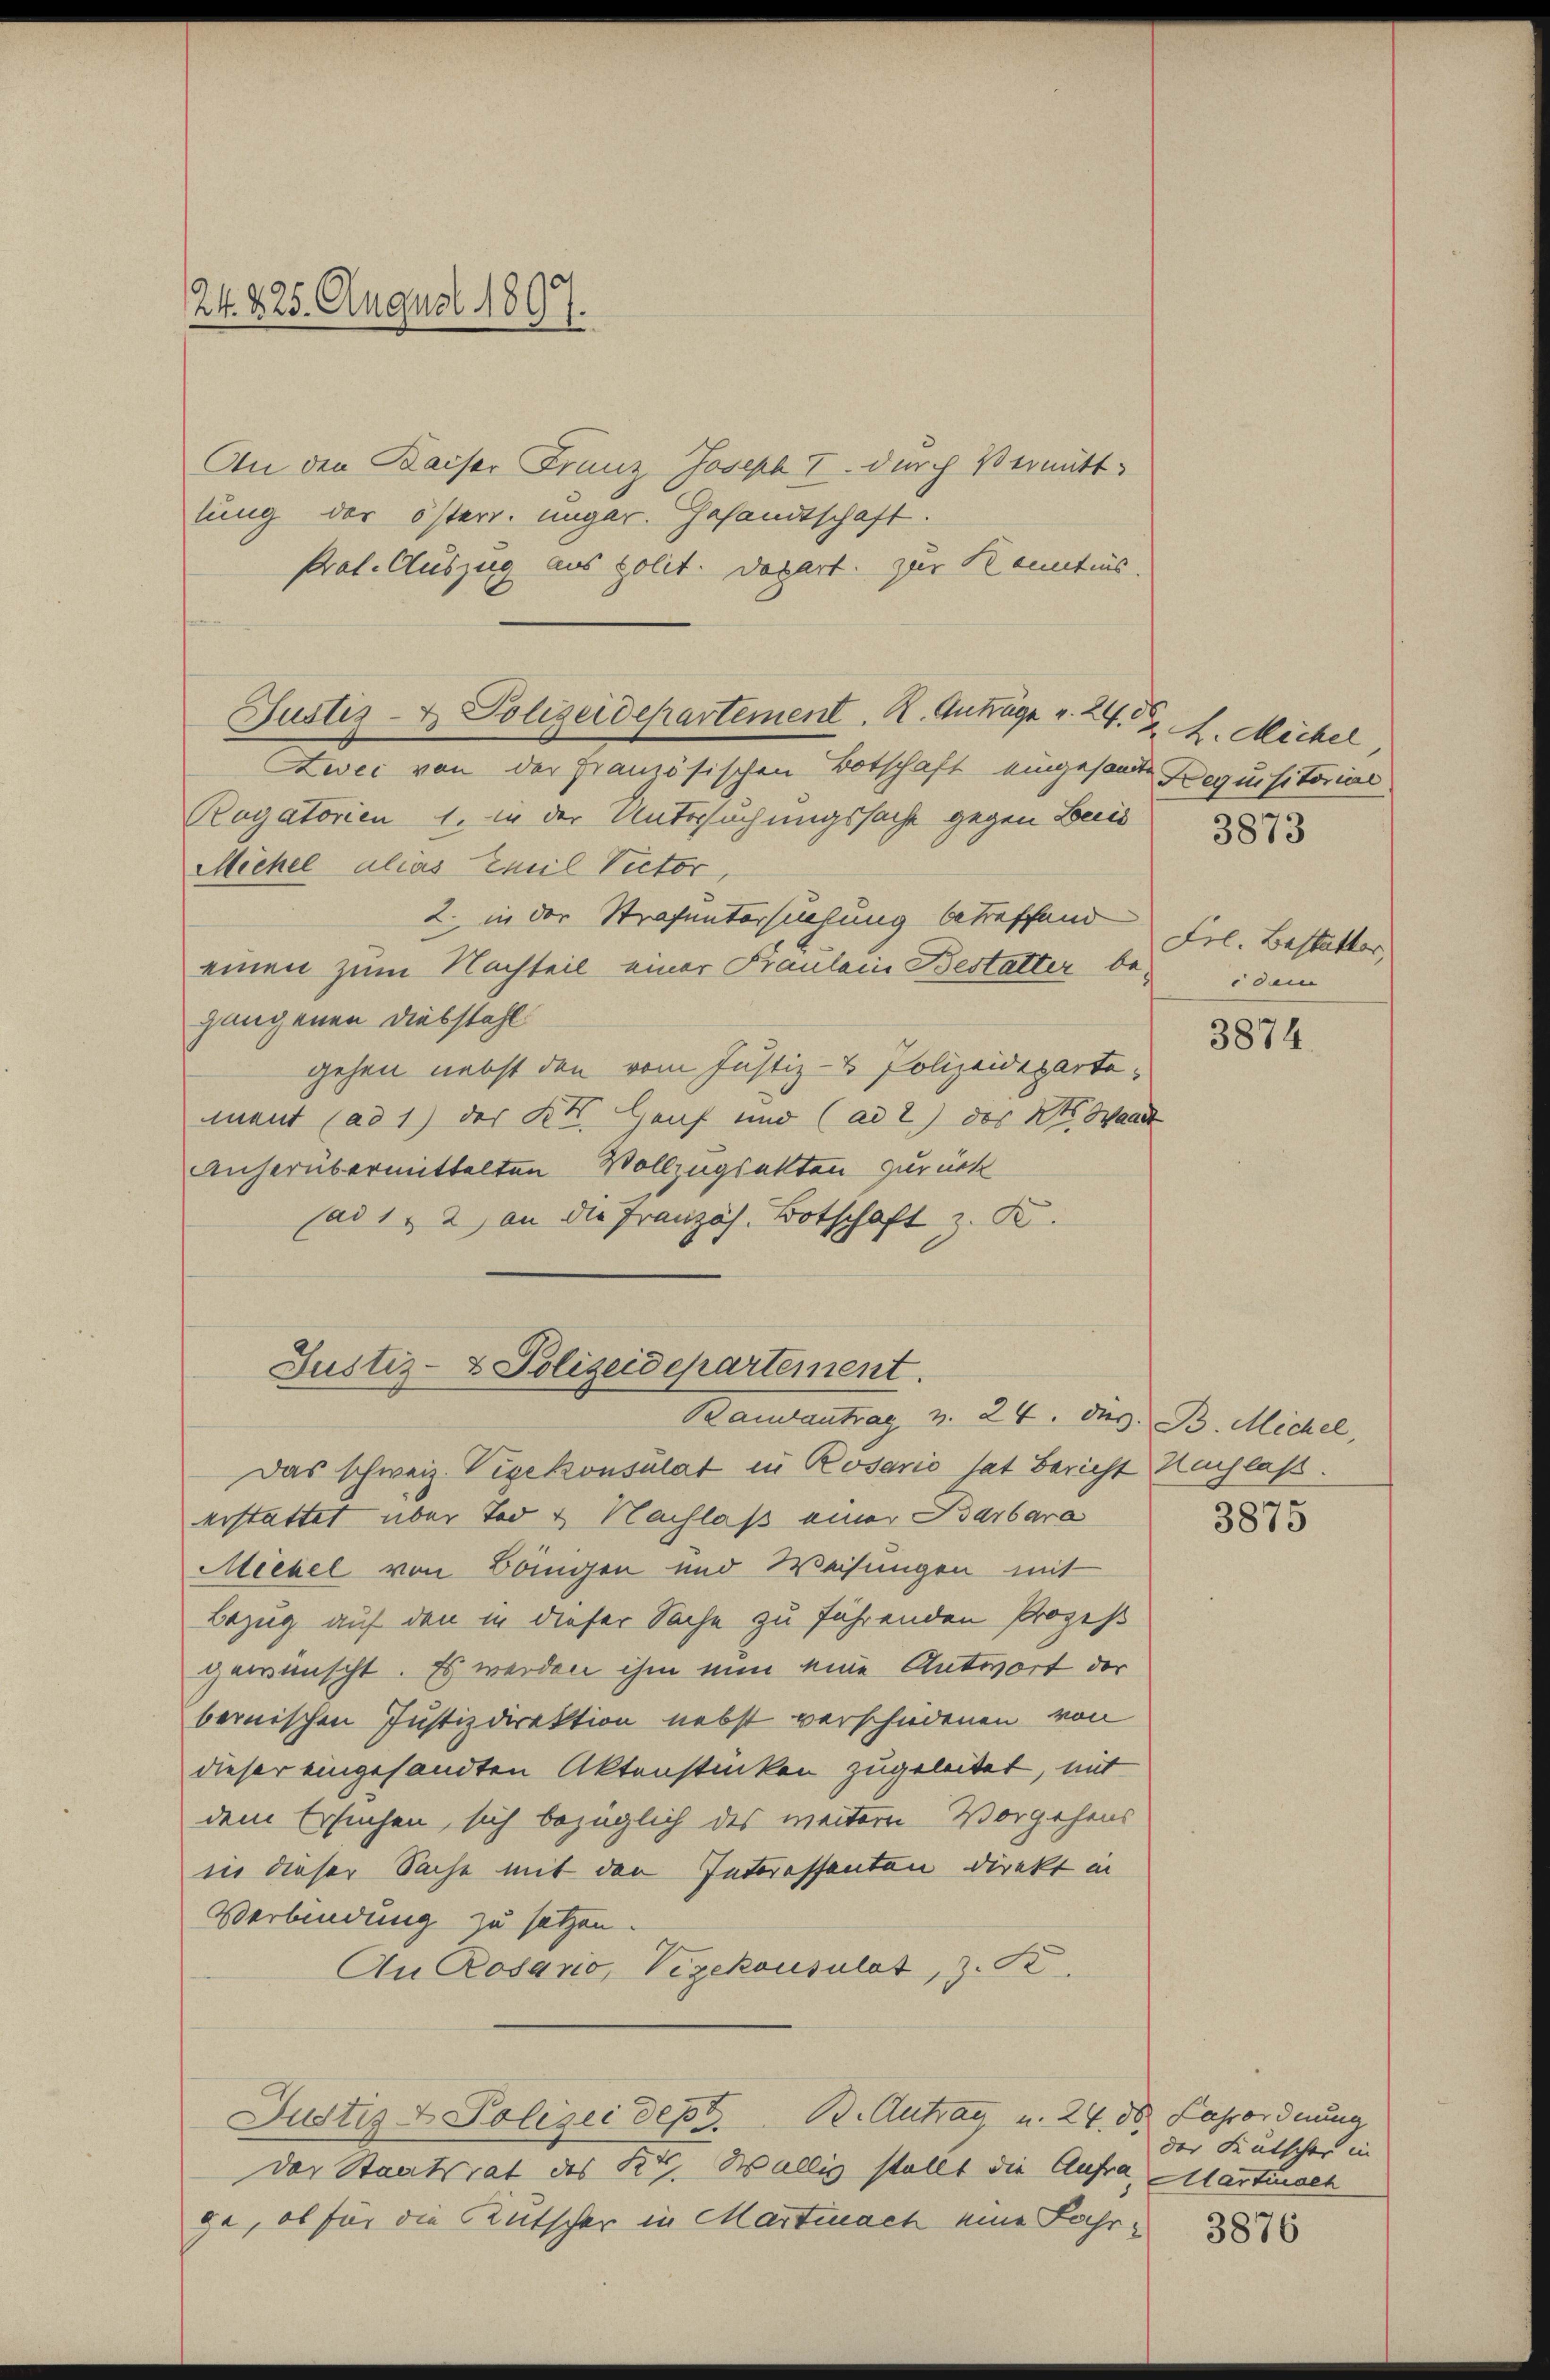
24. 225. August 1897.

An den Kaiser Franz Joseph I. durch Vermittlung der österr. ungar. Gesandtschaft.
Prot. Auszug aus polit. Depart zur Kenntnis.
Zwei von der Französischen Botschaft eingesandte Aequisitorial
Rogatorien 1. in der Untersuchungssache gegen Beis
Michel alias Emil Victor,
2. in der Strafuntersuchung betreffend
einen zum Nachteil einer Fraulein Bestatter bei dem
gangenen Diebstahl
gehen nebst den vom Justiz- & Polizeidepartement (ad 1) der XII. Genf und (ad 2) des Kts. Wand
Anherübermittelten Vollzugsakten zurück
(ad 1, 2 an die Französ. Botschaft z. K.
Justiz- & Polizeidepartement.
Bamantrag v. 24. des B. Michel,
Das schweiz. Vizekonsulat in Rosario hat Bericht Nachlaß.
erstattet, über Tod & Nachlaß einer Barbara
Meebel von Bringen und Weisungen mit
Bezug auf den in dieser Sache zu führenden Prozeß
gewünscht. Es werden ihm nun eine Antwort der
bernischen Justizdirektion nebst verschiedenen von
dieser eingesandten Aktenstücken zugeleitet, mit
dem Ersuchen, sich bezüglich des weitern Vorgehens
in dieser Sache mit den Interessanten direkt in
Verbindung zu setzen.
An Rosario, Vizekonsulat, z. Se.
Justiz & Polizei dess. B. Antrag u. 24. d. Larordnung
der Staatsrat des Kts. Wallig stellt die Aufra, Martinsch
ge, ob für die Kutscher in Martinach eine Fahr¬

Justiz- & Polizeidepartement. R. Antrage v. 24. G. L. Michel

Frl. Bestatter

3873

3874

3875

der Feutscher in

3876